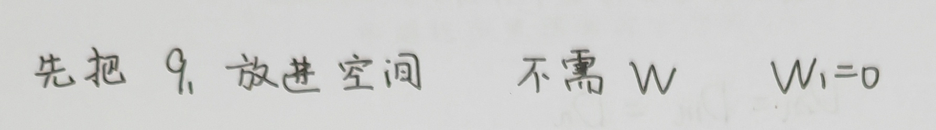
先把 \(9\) 放进空间  不需 \(W\)  \(W_1 = 0\)